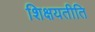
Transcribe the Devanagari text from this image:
शिक्षयतीति